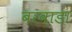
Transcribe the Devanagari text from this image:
बरवाडा